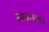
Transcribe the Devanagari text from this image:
माध्यमाच्याच